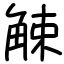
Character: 觫